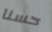
حسنا